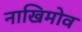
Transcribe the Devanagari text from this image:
नाखिमोव